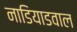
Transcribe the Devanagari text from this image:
नाडियाडवाल